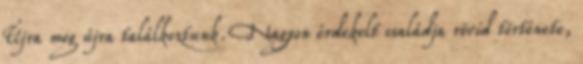
Újra meg újra találkoztunk. Nagyon érdekelt családja rövid története,